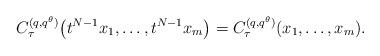
LaTeX: \begin{align*}C_{\tau}^{(q, q^{\theta})}\big(t^{N-1}x_1, \dots, t^{N-1}x_m\big) = C_{\tau}^{(q, q^{\theta})}(x_1, \dots, x_m).\end{align*}